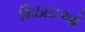
મિઠાઇઓ